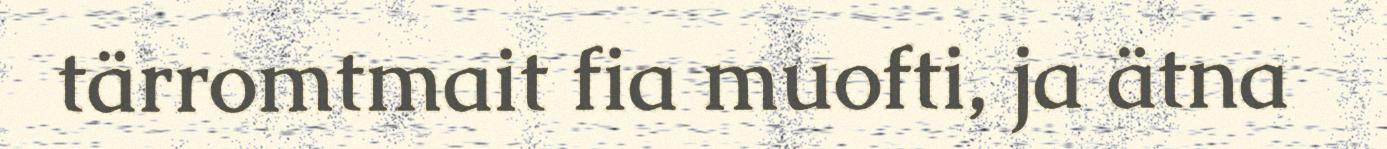
tärromtmait fia muofti, ja ätna